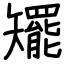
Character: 矲